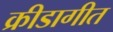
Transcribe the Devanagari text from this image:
क्रीडागीत